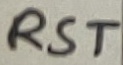
Text: RST